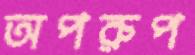
অপরুপ